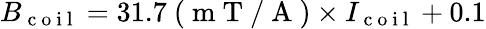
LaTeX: B_{\mathrm{~c~o~i~l~}}=31.7~(\mathrm{~m~T~/~A~})\times I_{\mathrm{~c~o~i~l~}}+0.1